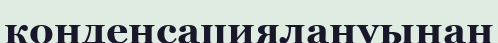
конденсациялануынан